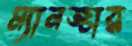
ম্যানজার